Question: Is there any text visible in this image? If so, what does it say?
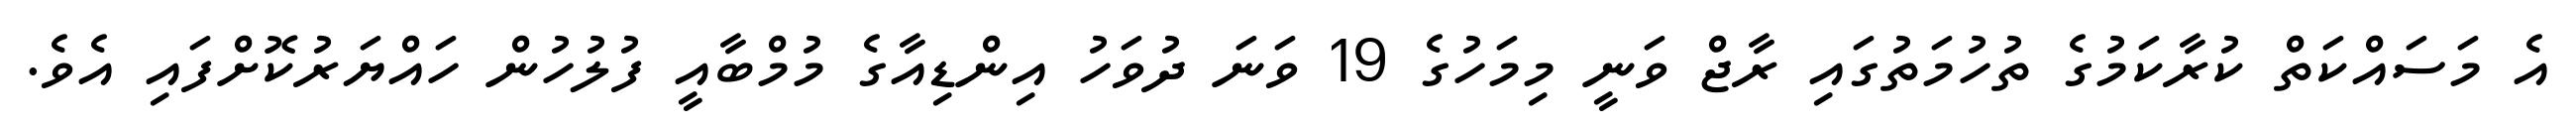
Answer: އެ މަސައްކަތް ކުރާކަމުގެ ތުހުމަތުގައި ރާޖް ވަނީ މިމަހުގެ 19 ވަނަ ދުވަހު އިންޑިއާގެ މުމްބާއީ ފުލުހުން ހައްޔަރުކޮށްފައި އެވެ.